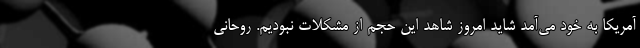
آمریکا به خود می‌آمد شاید امروز شاهد این حجم از مشکلات نبودیم. روحانی